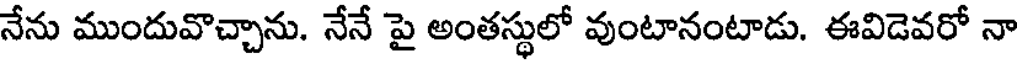
నేను ముందువొచ్చాను. నేనే పై అంతస్థులో వుంటానంటాడు. ఈవిడెవరో నా